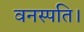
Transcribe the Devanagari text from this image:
वनस्पति।